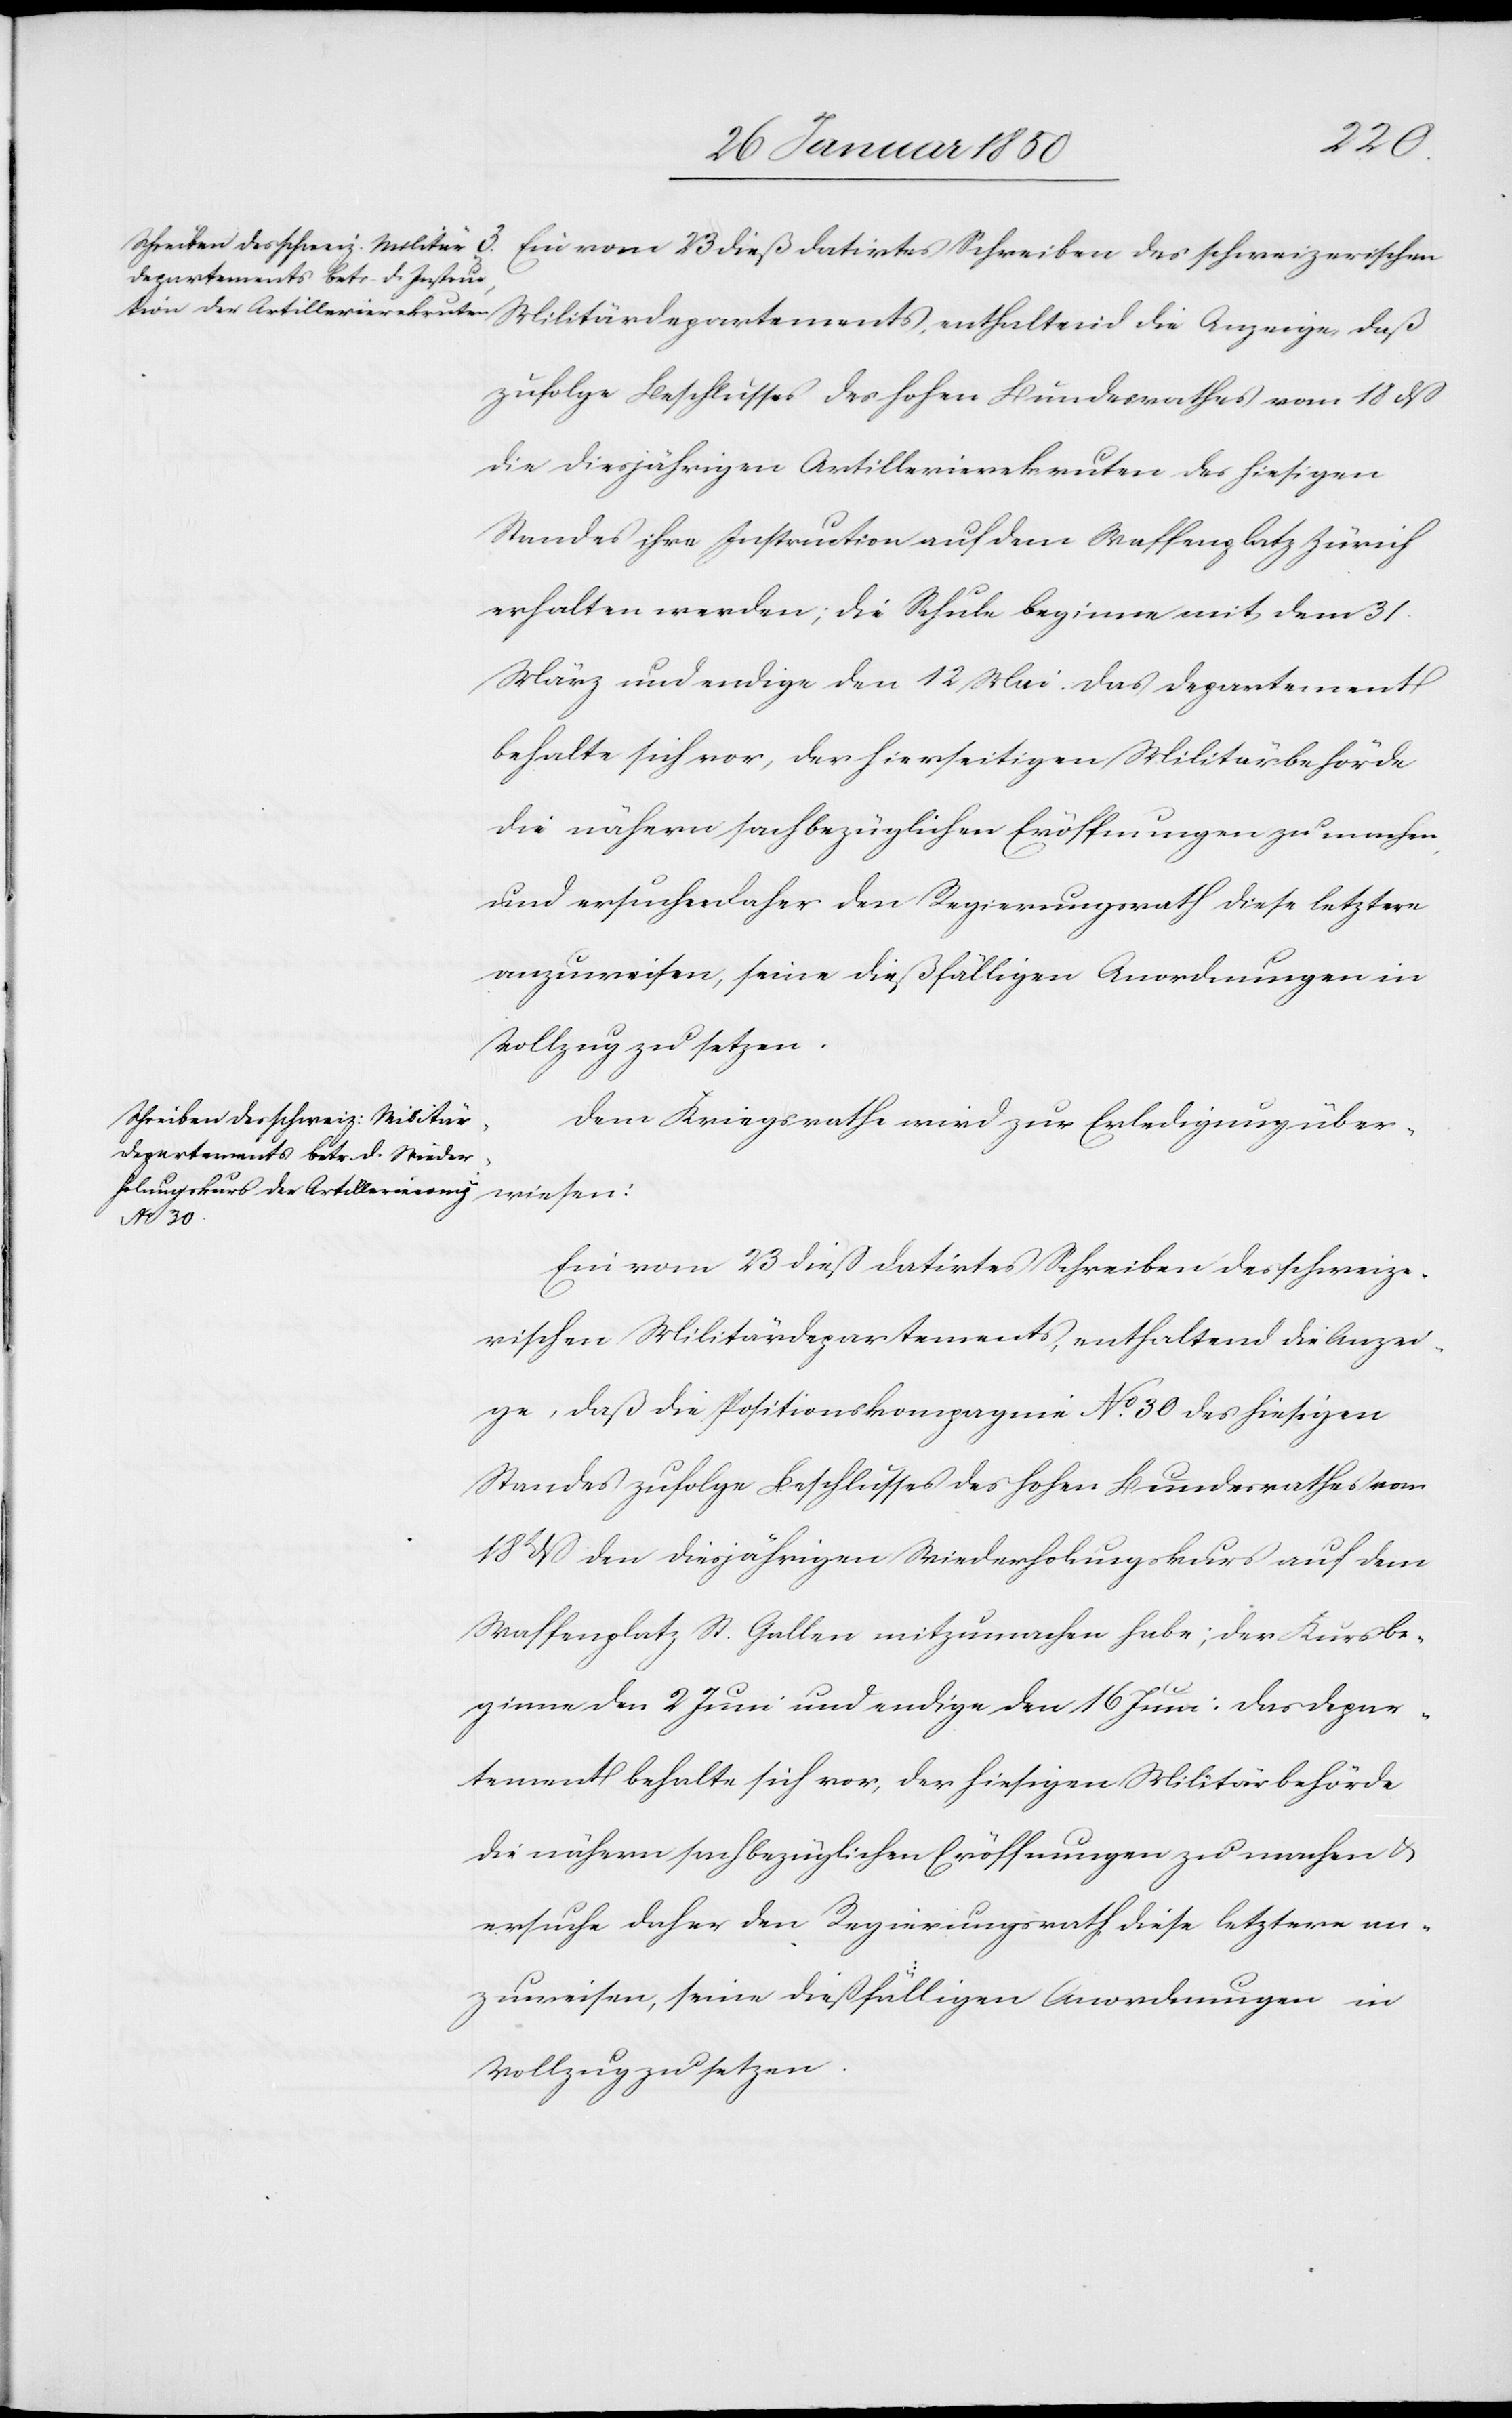
den 28
zufolge Beschlusses des hohen Bundesrathes vom 18 dß
die diesjährigen Artillerierekruten des hiesigen
Standes ihre Instruction auf dem Waffenplatz Zürich
erhalten werden; die Schule beginne mit dem 31.
März und endige den 12 Mai. Das Departement
behalte sich vor, der hierseitigen Militärbehörde
die nähern sachbezüglichen Eröffnungen zu machen
und ersuche daher den Regierungsrath diese letzere
anzuweisen, seine dießfälligen Anordnungen in
Vollzug zu setzen.
28
Ein vom 23 dieß datirtes Schreiben des schweize¬
rischen Militärdepartements, enthalten die Anzei¬
ge, daß die Positionskompagnie No 30 des hiesigen
Standes zufolge Beschlusses des hohen Bundesrathes vom
18t dß den diesjährigen Wiederholungskurs auf dem
Waffenplatz St. Gallen mitzumachen habe; der Kurs be¬
den
ginne den 2 Juni und endige den 16 Juni: Das Depar¬
tement behalte sich vor, der hiesigen Militärbehörde
die nähern sachbezüglichen Eröffnungen zu machen u.
ersuche daher den Regierungsrath diese letztere an¬
zuweisen, seine dießfälligen Anordnungen in
Vollzug zu setzen.